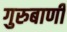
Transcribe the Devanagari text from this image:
गुरुबाणी